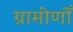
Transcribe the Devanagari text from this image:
ग्रामीणोँ